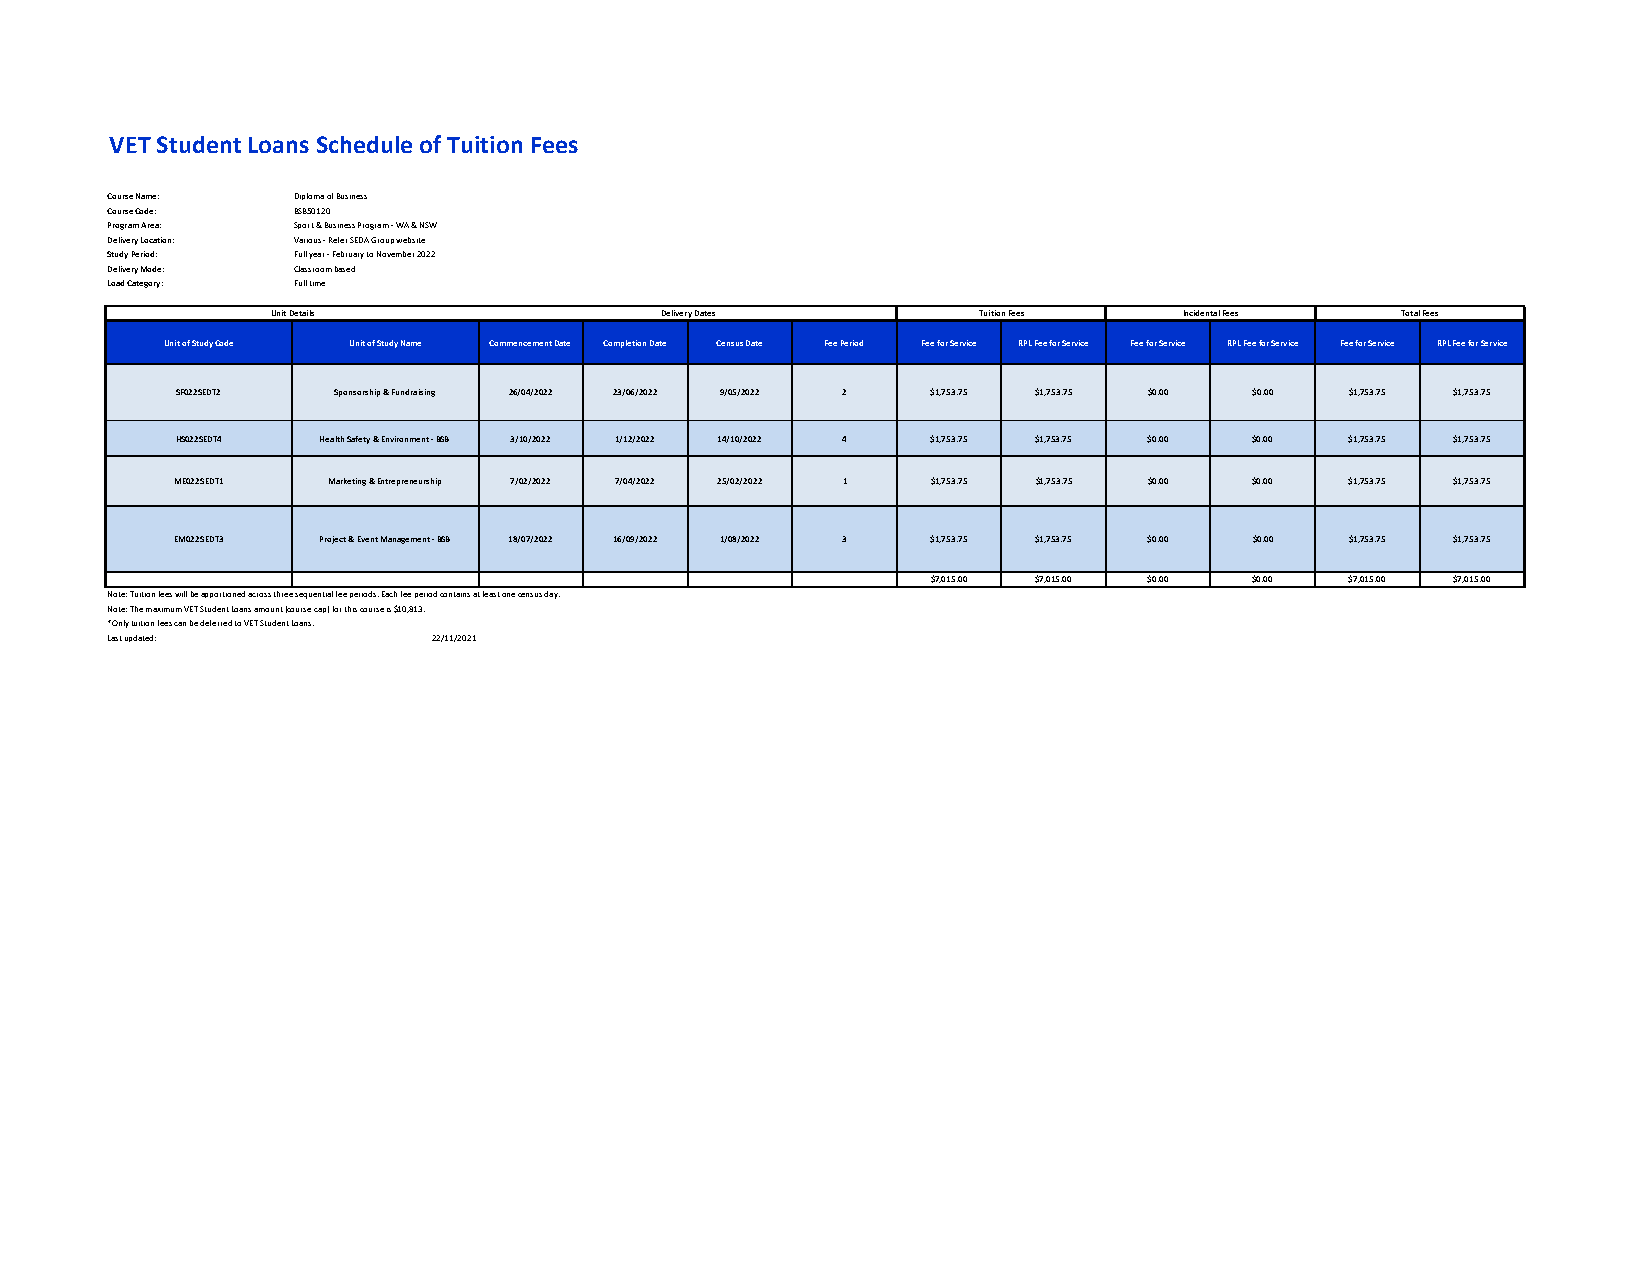
VET Student Loans Schedule of Tuition Fees
 Course Name: Diploma of Business
 Course Code: BSB50120
 Program Area: Sport & Business Program ‐ WA & NSW
 Delivery Location: Various ‐ Refer SEDA Group website
 Study Period: Full year ‐ February to November 2022
 Delivery Mode: Classroom based
 Load Category: Full time
 Unit Details              Delivery Dates       Tuition Fees Incidental Fees Total Fees
 Unit of Study Code Unit of Study Name Commencement Date Completion Date Census Date Fee Period Fee for Service RPL Fee for Service Fee for Service RPL Fee for Service Fee for Service RPL Fee for Service
 SF022SEDT2 Sponsorship & Fundraising 26/04/2022 23/06/2022 9/05/2022 2 $1,753.75 $1,753.75 $0.00 $0.00 $1,753.75 $1,753.75
 HS022SEDT4 Health Safety & Environment ‐ BSB 3/10/2022 1/12/2022 14/10/2022 4 $1,753.75 $1,753.75 $0.00 $0.00 $1,753.75 $1,753.75
 ME022SEDT1 Marketing & Entrepreneurship 7/02/2022 7/04/2022 25/02/2022 1 $1,753.75 $1,753.75 $0.00 $0.00 $1,753.75 $1,753.75
 EM022SEDT3 Project & Event Management ‐ BSB 18/07/2022 16/09/2022 1/08/2022 3 $1,753.75 $1,753.75 $0.00 $0.00 $1,753.75 $1,753.75
 $7,015.00 $7,015.00 $0.00 $0.00 $7,015.00 $7,015.00
 Note: Tuition fees will be apportioned across three sequential fee periods. Each fee period contains at least one census day.
 Note: The maximum VET Student Loans amount (course cap) for this course is $10,813.
 *Only tuition fees can be deferred to VET Student Loans.
 Last updated:         22/11/2021